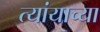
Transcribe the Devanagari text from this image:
त्यांयाच्या